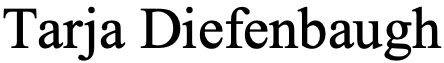
Tarja Diefenbaugh